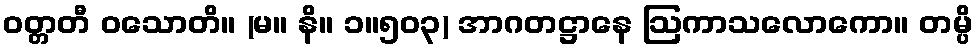
ဝတ္တတီ ဝသောတိ။ (မ။ နိ။ ၁။၅၀၃) အာဂတဋ္ဌာနေ ဩကာသလောကော။ တမ္ပိ